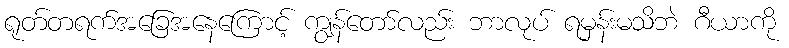
ရုတ်တရက်အခြေအနေကြောင့် ကျွန်တော်လည်း ဘာလုပ် ရမှန်းမသိဘဲ ဂီယာကို